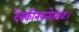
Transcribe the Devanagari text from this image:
देवकीनयनोत्सवः।